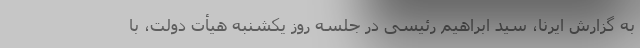
به گزارش ایرنا، سید ابراهیم رئیسی در جلسه روز یکشنبه هیأت دولت، با